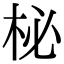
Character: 柲